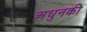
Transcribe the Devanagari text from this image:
अधुनकी